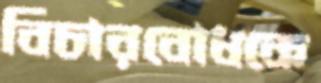
বিচারবোধকে